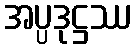
အပ္ပဒုဋ္ဌဿ